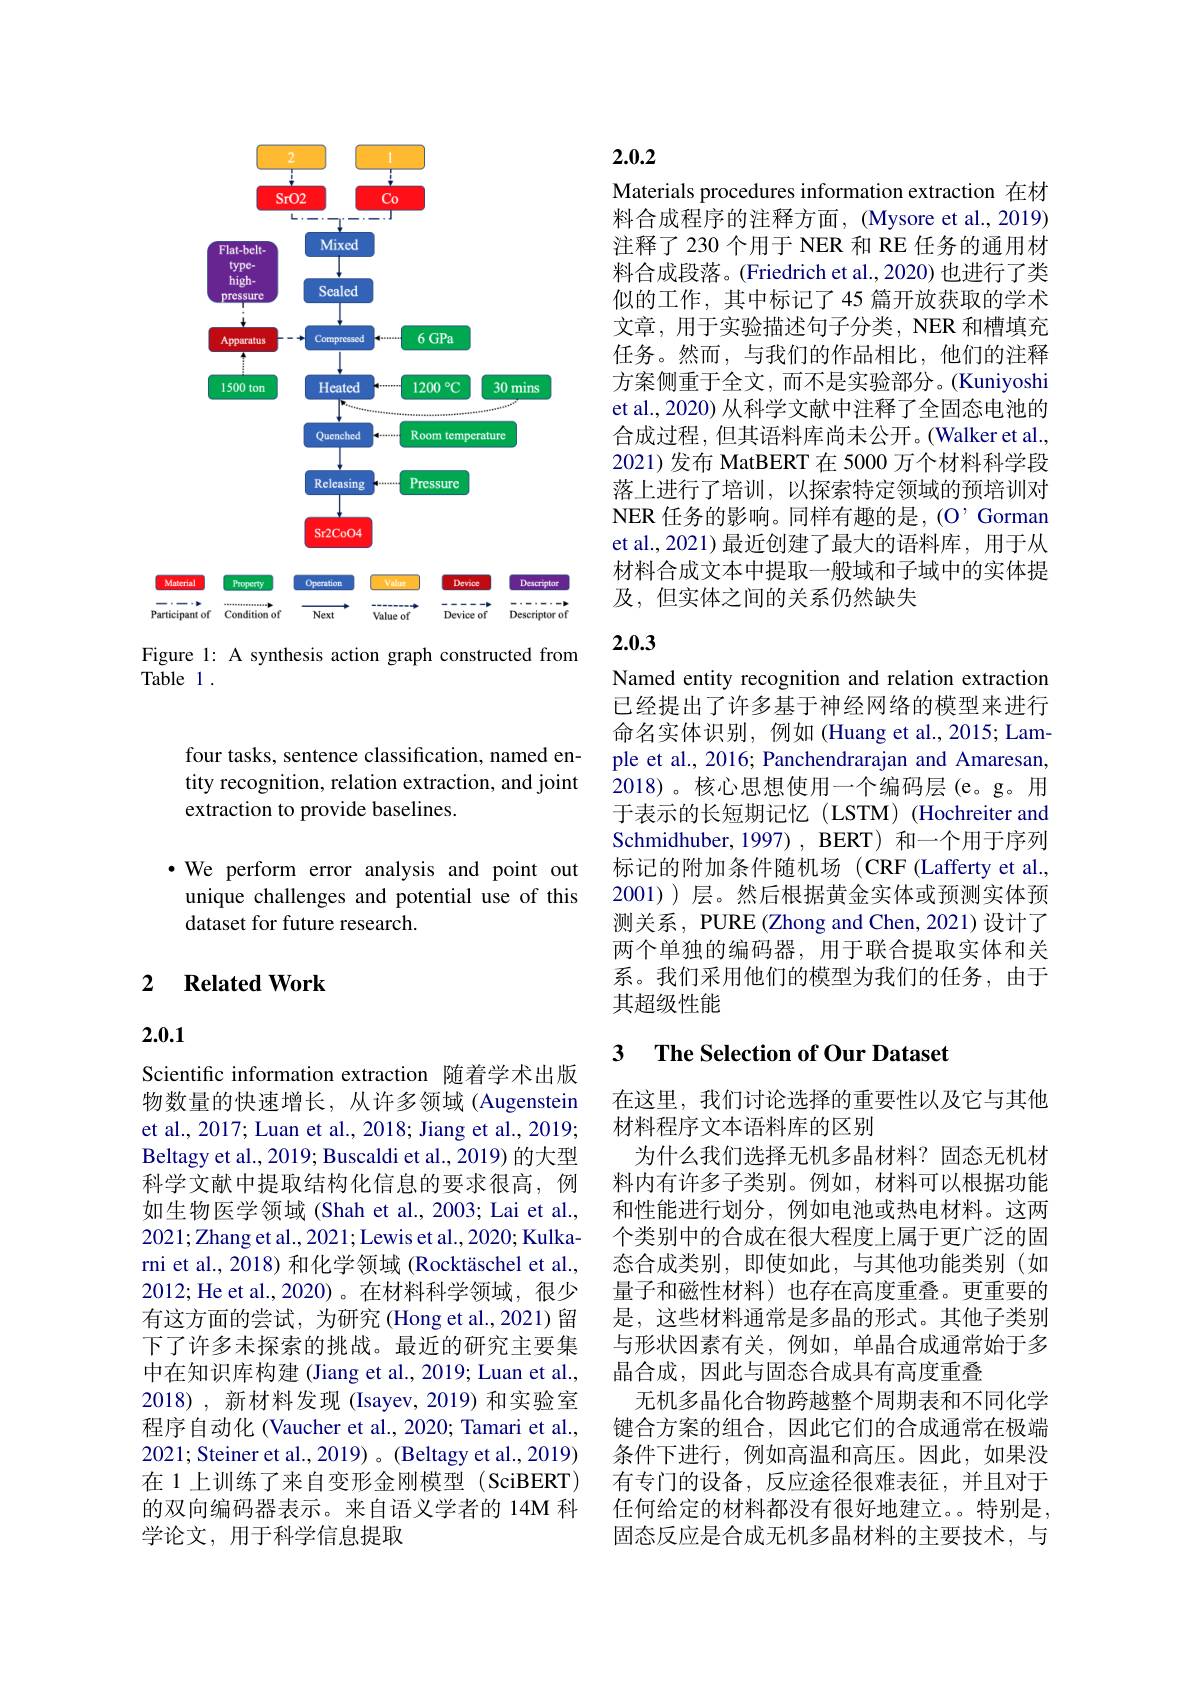
<FigureHere>

Figure 1: A synthesis action graph constructed from
Table 1 .

four tasks, sentence classification, named entity recognition, relation extraction, and joint extraction to provide baselines.

$\bullet$ We perform error analysis and point out unique challenges and potential use of this dataset for future research.

### 2 $\textbf{Related Work}$

2.0.1

Scientific information extraction 随着学术出版物数量的快速增长，从许多领域 (Augenstein et al., 2017; Luan et al., 2018; Jiang et al., 2019; Beltagy et al., 2019; Buscaldi et al., 2019) 的大型科学文献中提取结构化信息的要求很高，例如生物医学领域 (Shah et al., 2003; Lai et al., 2021;Zhang et al., 2021; Lewis et al., 2020; Kulkarni et al., 2018) 和化学领域 (Rocktäschel et al., 2012; He et al., 2020)。在材料科学领域，很少有这方面的尝试，为研究(Hong et al.,2021) 留下了许多未探索的挑战。最近的研究主要集中在知识库构建 (Jiang et al., 2019; Luan et al., 2018),新材料发现(Isayev, 2019) 和实验室程序自动化 (Vaucher et al., 2020; Tamari et al., 2021; Steiner et al., 2019) 。(Beltagy et al., 2019) 在 1 上训练了来自变形金刚模型 (SciBERT) 的双向编码器表示。来自语义学者的 14M 科学论文，用于科学信息提取

## 2.0.2

Materials procedures information extraction 在材料合成程序的注释方面，(Mysore et al., 2019) 注释了230 个用于 NER 和 RE 任务的通用材料合成段落。(Friedrich et al., 2020) 也进行了类似的工作，其中标记了45 篇开放获取的学术文章，用于实验描述句子分类，NER 和槽填充任务。然而，与我们的作品相比，他们的注释方案侧重于全文，而不是实验部分。(Kuniyoshi et al., 2020) 从科学文献中注释了全固态电池的合成过程，但其语料库尚未公开。(Walker et al., 2021)发布 MatBERT 在 5000 万个材料科学段落上进行了培训，以探索特定领域的预培训对NER 任务的影响。同样有趣的是，(O'Gorman et al., 2021) 最近创建了最大的语料库，用于从材料合成文本中提取一般域和子域中的实体提及，但实体之间的关系仍然缺失

## 2.0.3

Named entity recognition and relation extraction 已经提出了许多基于神经网络的模型来进行命名实体识别，例如(Huang et al., 2015; Lample et al., 2016; Panchendrarajan and Amaresan, 2018)。核心思想使用一个编码层(e。g。用于表示的长短期记忆(LSTM)(Hochreiter and Schmidhuber,1997), BERT) 和一个用于序列标记的附加条件随机场(CRF(Lafferty et al., 2001) 层。然后根据黄金实体或预测实体预测关系，PURE (Zhong and Chen, 2021) 设计了两个单独的编码器，用于联合提取实体和关系。我们采用他们的模型为我们的任务，由于其超级性能

### 3 $\textbf{The Selection of Our Dataset}$

在这里，我们讨论选择的重要性以及它与其他
材料程序文本语料库的区别
为什么我们选择无机多晶材料？固态无机材料内有许多子类别。例如，材料可以根据功能和性能进行划分，例如电池或热电材料。这两个类别中的合成在很大程度上属于更广泛的固态合成类别，即使如此，与其他功能类别(如量子和磁性材料)也存在高度重叠。更重要的是，这些材料通常是多晶的形式。其他子类别与形状因素有关，例如，单晶合成通常始于多晶合成，因此与固态合成具有高度重叠
无机多晶化合物跨越整个周期表和不同化学键合方案的组合，因此它们的合成通常在极端条件下进行，例如高温和高压。因此，如果没有专门的设备，反应途径很难表征，并且对于任何给定的材料都没有很好地建立。特别是， 固态反应是合成无机多晶材料的主要技术，与